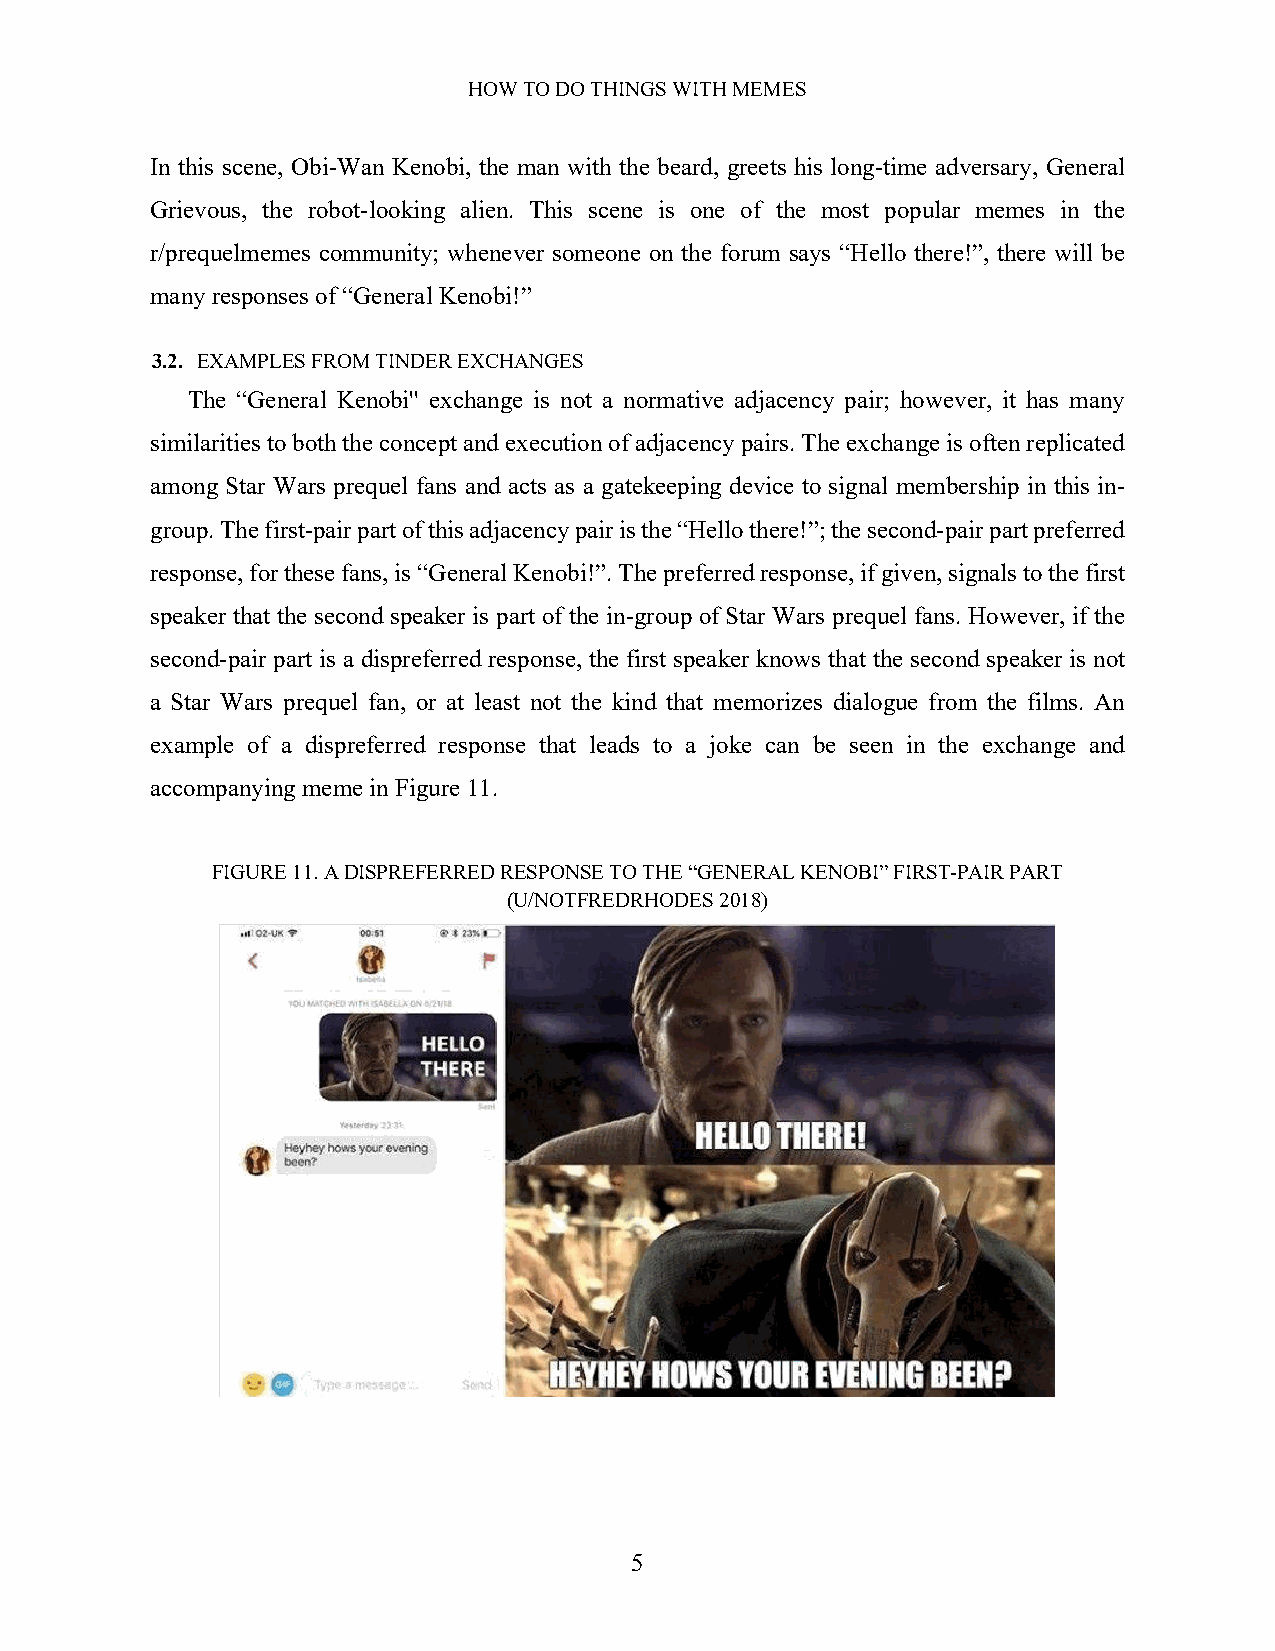
HOW TO DO THINGS WITH MEMES
 In this scene, Obi-Wan Kenobi, the man with the beard, greets his long-time adversary, General
 Grievous, the robot-looking alien. This scene is one of the most popular memes in the
 r/prequelmemes community; whenever someone on the forum says “Hello there!”, there will be
 many responses of “General Kenobi!”
 3.2. EXAMPLES FROM TINDER EXCHANGES
 The “General Kenobi'' exchange is not a normative adjacency pair; however, it has many
 similarities to both the concept and execution of adjacency pairs. The exchange is often replicated
 among Star Wars prequel fans and acts as a gatekeeping device to signal membership in this in-
 group. The first-pair part of this adjacency pair is the “Hello there!”; the second-pair part preferred
 response, for these fans, is “General Kenobi!”. The preferred response, if given, signals to the first
 speaker that the second speaker is part of the in-group of Star Wars prequel fans. However, if the
 second-pair part is a dispreferred response, the first speaker knows that the second speaker is not
 a Star Wars prequel fan, or at least not the kind that memorizes dialogue from the films. An
 example of a dispreferred response that leads to a joke can be seen in the exchange and
 accompanying meme in Figure 11.
 FIGURE 11. A DISPREFERRED RESPONSE TO THE “GENERAL KENOBI” FIRST-PAIR PART
 (U/NOTFREDRHODES 2018)
 5